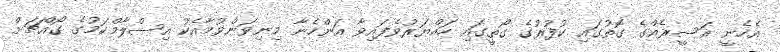
އެހެނީ އަސީރެއްގެ ގޮތުގައި ކުފުރުގެ ގޯތީގައި ހައްޔަރުވެފައިވާ އަންހެނާ މިނިވަންވުމާއެކު އިސްލާމްކަމުގެ ގޯއްޗަށް